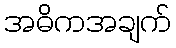
အဓိကအချက်